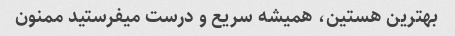
بهترین هستین، همیشه سریع و درست میفرستید ممنون